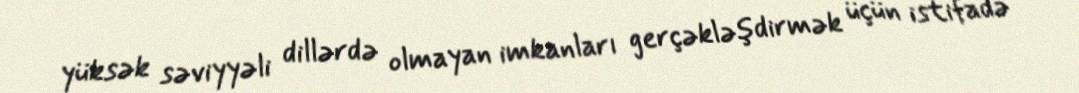
yüksək səviyyəli dillərdə olmayan imkanları gerçəkləşdirmək üçün istifadə